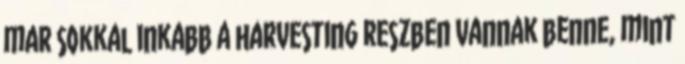
mar sokkal inkabb a harvesting reszben vannak benne, mint